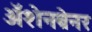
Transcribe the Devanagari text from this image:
ॲशेनब्रेनर